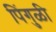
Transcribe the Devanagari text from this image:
पिंगुळी